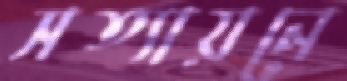
সত্যায়নে